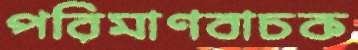
পরিমাণবাচক